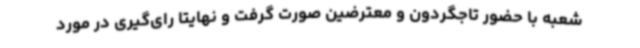
شعبه با حضور تاجگردون و معترضین صورت گرفت و نهایتا رای‌گیری در مورد